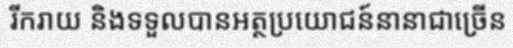
រីករាយ និងទទួលបានអត្ថប្រយោជន៍នានាជាច្រើន